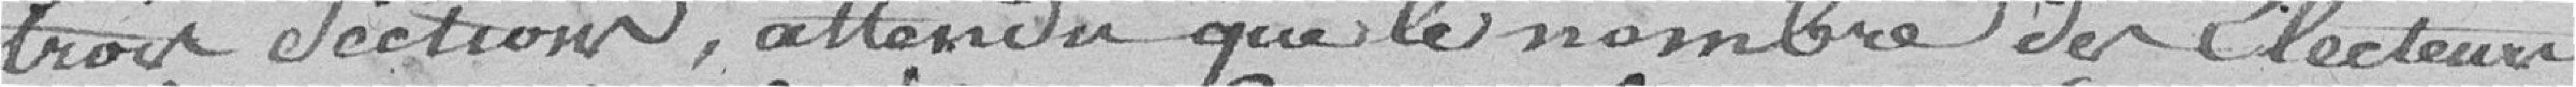
trois sections, attendu que le nombre des électeurs